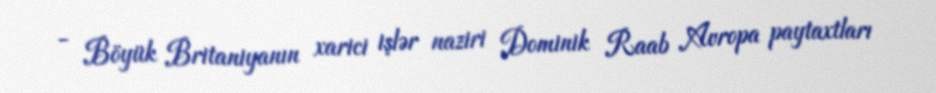
- Böyük Britaniyanın xarici işlər naziri Dominik Raab Avropa paytaxtları